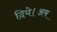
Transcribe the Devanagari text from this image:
दिये।अब